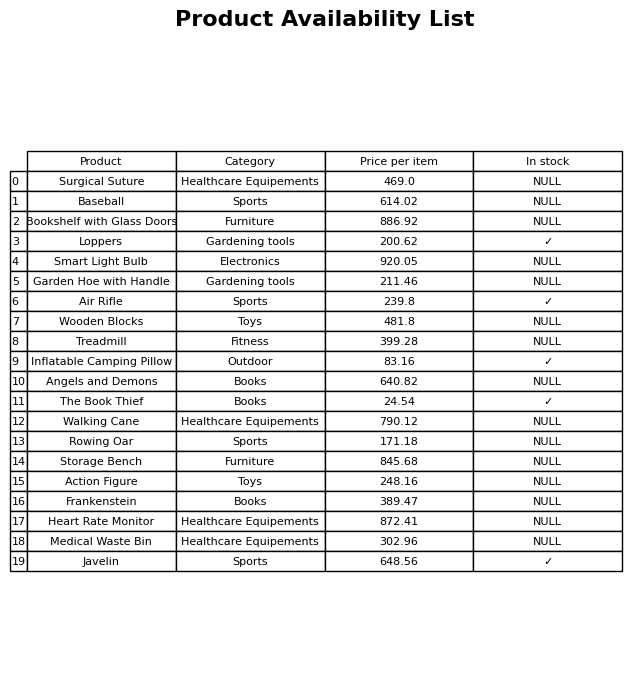
question: What category does the The Book Thief belong to?
answer: Books